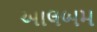
આલબમ